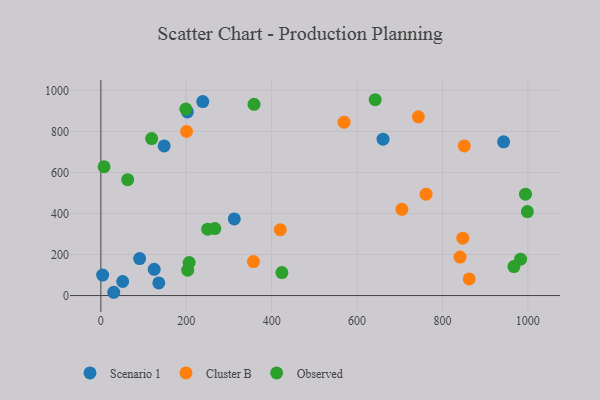
{"axis": {"x": "Study Hours", "y": "Fuel Efficiency"}, "legend": ["Cluster B", "Observed", "Scenario 1"], "data": [{"x": "238.6", "y": 945.4, "type": "Scenario 1"}, {"x": "660.9", "y": 761.8, "type": "Scenario 1"}, {"x": "148.2", "y": 729.2, "type": "Scenario 1"}, {"x": "124.9", "y": 127.6, "type": "Scenario 1"}, {"x": "135.7", "y": 61.4, "type": "Scenario 1"}, {"x": "312.5", "y": 373.5, "type": "Scenario 1"}, {"x": "90.8", "y": 180.2, "type": "Scenario 1"}, {"x": "202.7", "y": 894.6, "type": "Scenario 1"}, {"x": "30.1", "y": 16.0, "type": "Scenario 1"}, {"x": "943.3", "y": 748.9, "type": "Scenario 1"}, {"x": "51.1", "y": 68.5, "type": "Scenario 1"}, {"x": "4.1", "y": 100.0, "type": "Scenario 1"}, {"x": "841.4", "y": 187.7, "type": "Cluster B"}, {"x": "862.7", "y": 81.0, "type": "Cluster B"}, {"x": "357.3", "y": 165.6, "type": "Cluster B"}, {"x": "761.7", "y": 493.8, "type": "Cluster B"}, {"x": "847.8", "y": 279.4, "type": "Cluster B"}, {"x": "420.2", "y": 320.8, "type": "Cluster B"}, {"x": "569.7", "y": 844.7, "type": "Cluster B"}, {"x": "705.0", "y": 420.1, "type": "Cluster B"}, {"x": "743.7", "y": 870.8, "type": "Cluster B"}, {"x": "851.3", "y": 729.1, "type": "Cluster B"}, {"x": "200.6", "y": 799.3, "type": "Cluster B"}, {"x": "424.0", "y": 112.2, "type": "Observed"}, {"x": "203.4", "y": 123.8, "type": "Observed"}, {"x": "118.9", "y": 765.1, "type": "Observed"}, {"x": "199.1", "y": 909.1, "type": "Observed"}, {"x": "7.5", "y": 627.5, "type": "Observed"}, {"x": "994.6", "y": 494.1, "type": "Observed"}, {"x": "999.0", "y": 409.0, "type": "Observed"}, {"x": "983.1", "y": 177.3, "type": "Observed"}, {"x": "358.7", "y": 931.9, "type": "Observed"}, {"x": "266.9", "y": 326.4, "type": "Observed"}, {"x": "62.8", "y": 564.8, "type": "Observed"}, {"x": "967.5", "y": 141.4, "type": "Observed"}, {"x": "250.2", "y": 323.3, "type": "Observed"}, {"x": "206.8", "y": 161.0, "type": "Observed"}, {"x": "642.5", "y": 954.2, "type": "Observed"}]}